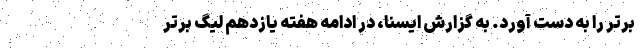
برتر را به دست آورد. به گزارش ایسنا، در ادامه هفته یازدهم لیگ برتر